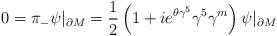
LaTeX: \begin{align*}0=\pi_{-}\psi |_{\partial M}={1\over 2}\left(1+i e^{\theta \gamma^{5}}\gamma^{5}\gamma^{m} \right) \psi |_{\partial M}\end{align*}